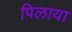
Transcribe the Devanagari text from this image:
पिलाया